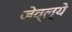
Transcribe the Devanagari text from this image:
जेव्ल्ये